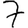
Digit: 7